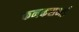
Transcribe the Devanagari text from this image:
कनकसभई